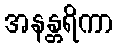
အနန္တရိကာ